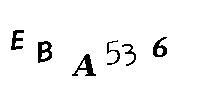
EBA536